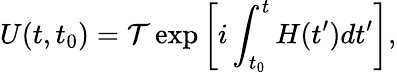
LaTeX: U(t,t_{0})=\mathcal{T}\exp\bigg[i\int_{t_{0}}^{t}H(t^{\prime})dt^{\prime}\bigg],